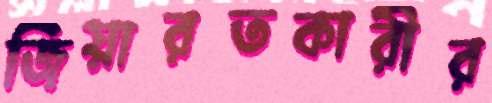
জিয়ারতকারীর